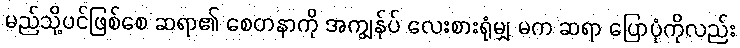
မည်သို့ပင်ဖြစ်စေ ဆရာ၏ စေတနာကို အကျွန်ုပ် လေးစားရုံမျှ မက ဆရာ ပြောပုံကိုလည်း